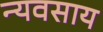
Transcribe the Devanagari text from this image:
न्यवसाय